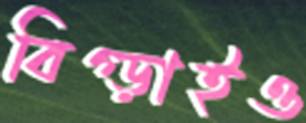
বিগ্‌ড়াইও